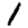
Digit: 1